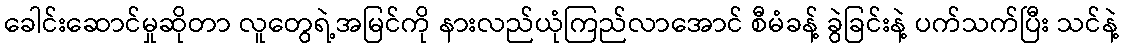
ခေါင်းဆောင်မှုဆိုတာ လူတွေရဲ့အမြင်ကို နားလည်ယုံကြည်လာအောင် စီမံခန့် ခွဲခြင်းနဲ့ ပက်သက်ပြီး သင်နဲ့